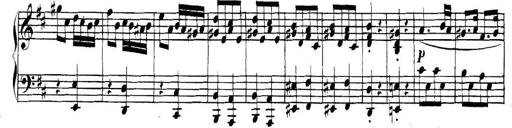
Title: Collected Piano Sonatas
Composer: Muzio Clementi